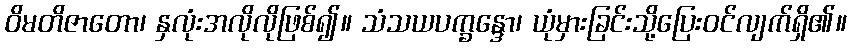
ဝိမတိဇာတော၊ နှလုံးအလိုလိုဖြစ်၍။ သံသယပက္ခန္ဒော၊ ယုံမှားခြင်းသို့ပြေးဝင်လျက်ရှိ၏။